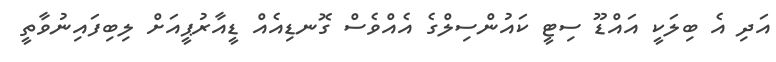
އަދި އެ ބިލަކީ އައްޑޫ ސިޓީ ކައުންސިލްގެ އެއްވެސް ގޮނޑިއެއް ޑީއާރުޕީއަށް ލިބިފައިނުވާތީ